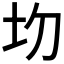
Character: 𡉍